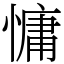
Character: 慵